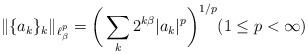
LaTeX: \begin{align*}\| \{a_k\}_k\|_{\ell^p_\beta} = \bigg( \sum_k 2^{k\beta} |a_k|^p \bigg)^{1/p} (1 \leq p < \infty)\end{align*}